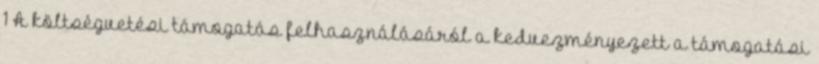
1 A költségvetési támogatás felhasználásáról a kedvezményezett a támogatási